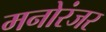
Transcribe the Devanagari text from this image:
मनोरंजर